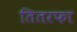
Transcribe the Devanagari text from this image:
तितरफा